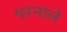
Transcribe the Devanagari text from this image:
परनाले